Scottish Leaving Certificate Examination, 1951
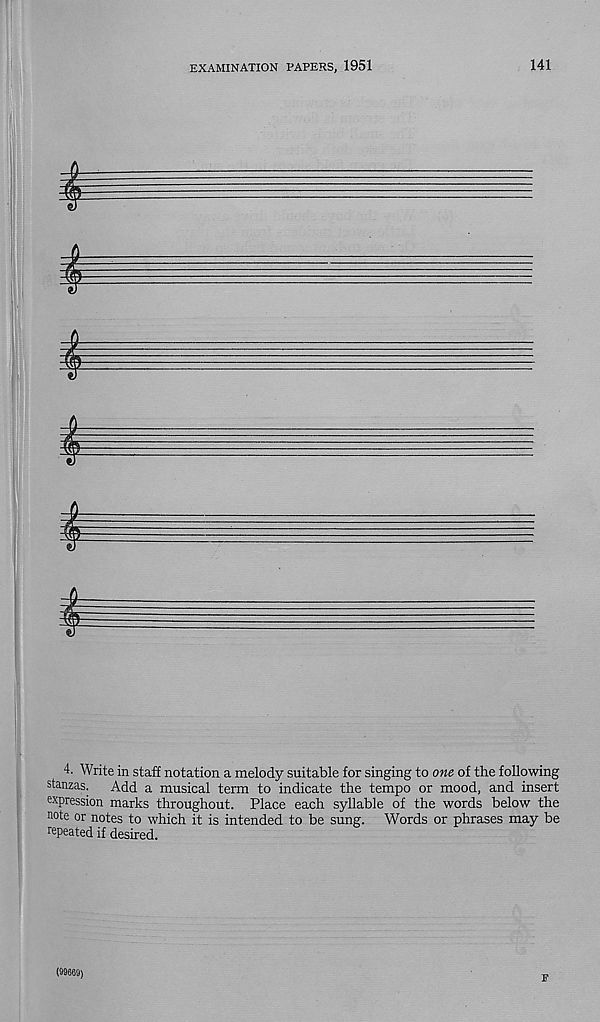
EXAMINATION PAPERS, 1951
141
4. Write in staff notation a melody suitable for singing to one of the following
stanzas. Add a musical term to indicate the tempo or mood, and insert
expression marks throughout. Place each syllable of the words below the
note or notes to which it is intended to be sung. Words or phrases may be
repeated if desired.